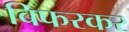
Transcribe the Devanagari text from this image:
बिफरकर